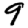
Digit: 9